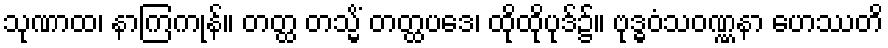
သုဏာထ၊ နာကြကုန်။ တတ္ထ တသ္မိံ တတ္ထပဒေ၊ ထိုထိုပုဒ်၌။ ဗုဒ္ဓဝံသဝဏ္ဏနာ ဟေဿတိ